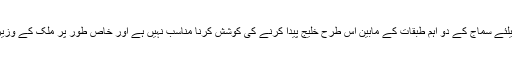
سیاسی اعتبار سے انہیں اس کی اہمیت ضرور ہونی چاہئے لیکن انتخابات میں کامیابی کیلئے سماج کے دو اہم طبقات کے مابین اس طرح خلیج پیدا کرنے کی کوشش کرنا مناسب نہیں ہے اور خاص طور پر ملک کے وزیر اعظم کو اتنی نچلی سطح پر اتر کر تقاریر کرنے سے گریز کرنے کی ضرورت ہے ۔